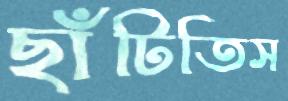
ছাঁটিতিস